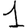
Digit: 1